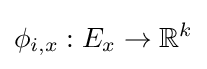
\phi _{i,x}:E_{x}\to \mathbb {R} ^{k}